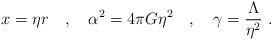
LaTeX: \begin{align*}x = \eta r \quad , \quad \alpha^2 = 4 \pi G \eta^2 \quad , \quad \gamma = \frac{\Lambda}{\eta^2} \ .\end{align*}